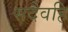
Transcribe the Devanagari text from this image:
सदैवहि